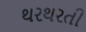
થરથરતી